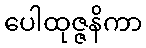
ပေါထုဇ္ဇနိကာ